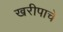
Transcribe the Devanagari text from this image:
खरीपाचे